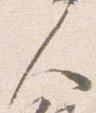
人